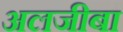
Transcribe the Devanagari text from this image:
अलजीबा